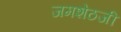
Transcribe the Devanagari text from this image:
जमशेठजी